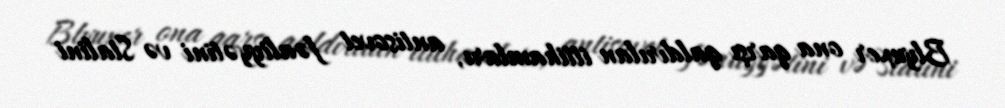
Blyuxer ona qarşı qaldırılan ittihamları, antisovet fəaliyyətini və Stalini